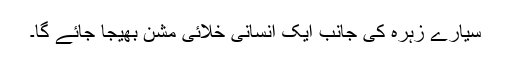
سیارے زہرہ کی جانب ایک انسانی خلائی مشن بھیجا جائے گا۔